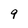
Character: 9